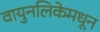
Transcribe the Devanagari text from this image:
वायुनलिकेमधून